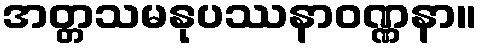
အတ္တသမနုပဿနာဝဏ္ဏနာ။